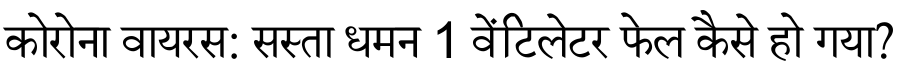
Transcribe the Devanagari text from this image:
कोरोना वायरस: सस्ता धमन 1 वेंटिलेटर फेल कैसे हो गया?